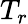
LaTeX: T_{r}